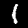
Digit: 1